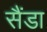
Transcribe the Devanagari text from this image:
सैंडा